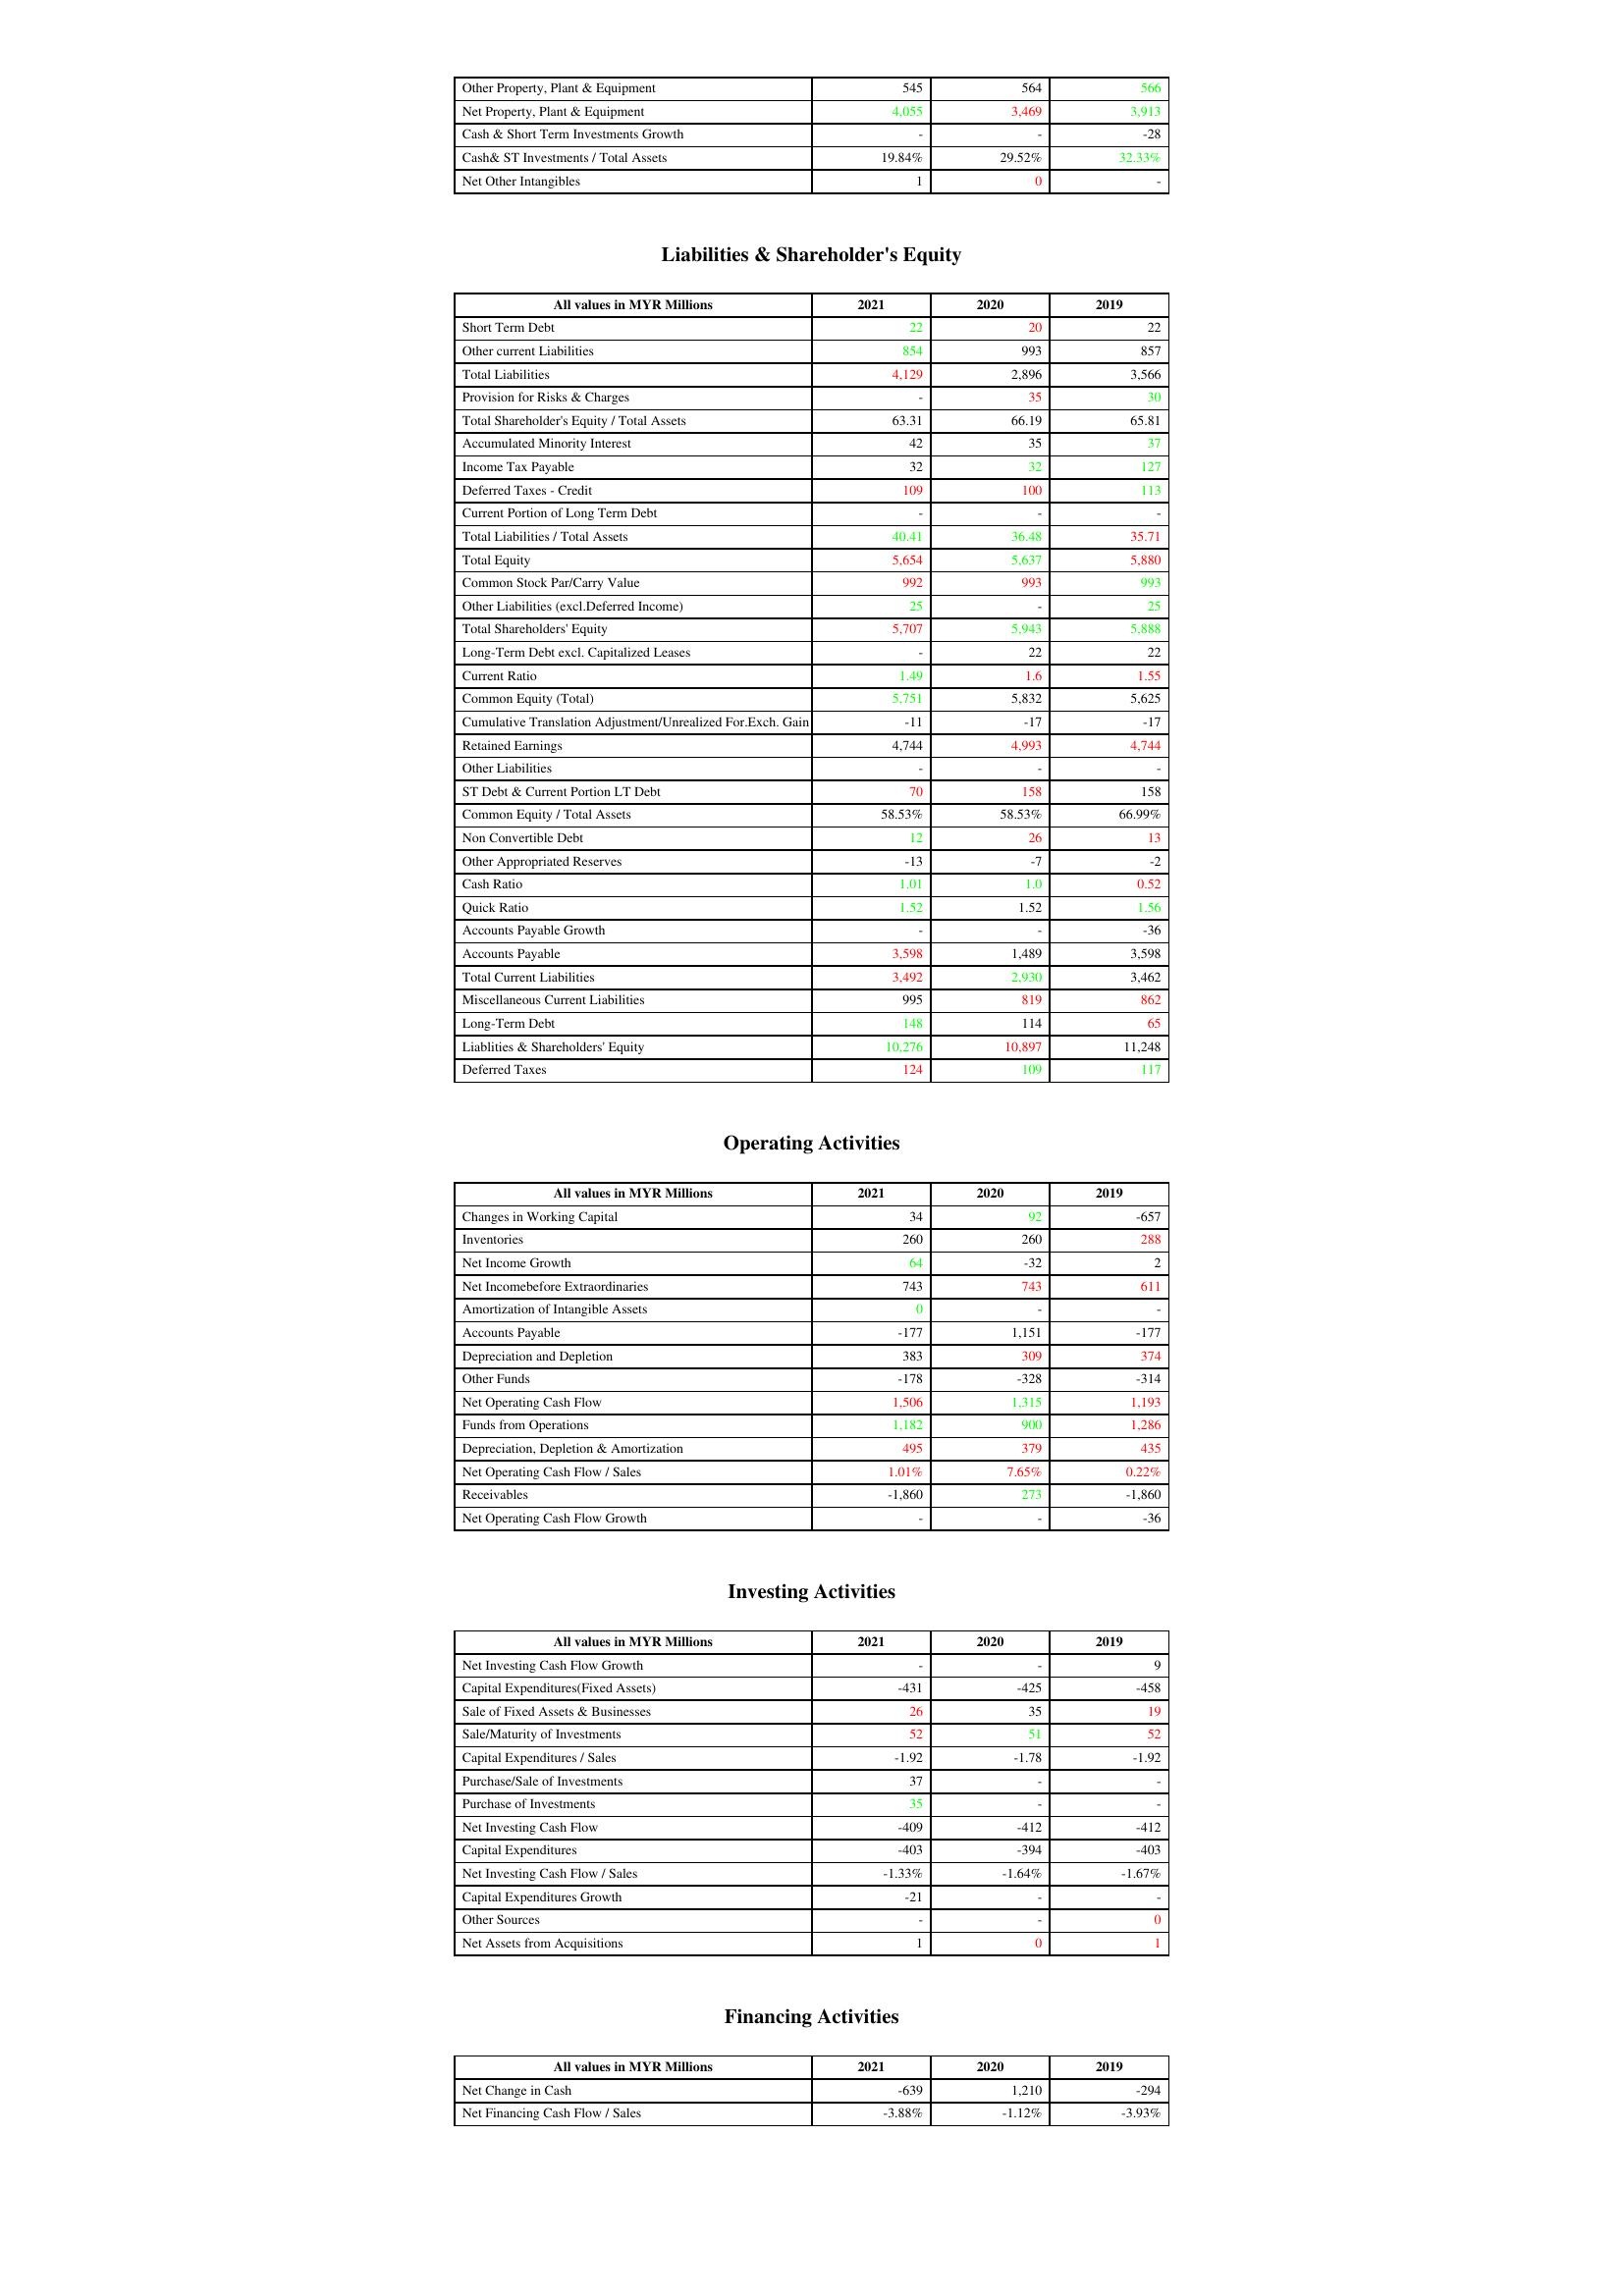
gt_parse: 2021: Assets: Other Property, Plant & Equipment: 545
Net Property, Plant & Equipment: 4,055
Cash & Short Term Investments Growth: -
Cash& ST Investments / Total Assets: 19.84%
Net Other Intangibles: 1
Liabilities & Shareholder's Equity: Short Term Debt: 22
Other current Liabilities: 854
Total Liabilities: 4,129
Provision for Risks & Charges: -
Total Shareholder's Equity / Total Assets: 63.31
Accumulated Minority Interest: 42
Income Tax Payable: 32
Deferred Taxes - Credit: 109
Current Portion of Long Term Debt: -
Total Liabilities / Total Assets: 40.41
Total Equity: 5,654
Common Stock Par/Carry Value: 992
Other Liabilities (excl.Deferred Income): 25
Total Shareholders' Equity: 5,707
Long-Term Debt excl. Capitalized Leases: -
Current Ratio: 1.49
Common Equity (Total): 5,751
Cumulative Translation Adjustment/Unrealized For.Exch. Gain: -11
Retained Earnings: 4,744
Other Liabilities: -
ST Debt & Current Portion LT Debt: 70
Common Equity / Total Assets: 58.53%
Non Convertible Debt: 12
Other Appropriated Reserves: -13
Cash Ratio: 1.01
Quick Ratio: 1.52
Accounts Payable Growth: -
Accounts Payable: 3,598
Total Current Liabilities: 3,492
Miscellaneous Current Liabilities: 995
Long-Term Debt: 148
Liablities & Shareholders' Equity: 10,276
Deferred Taxes: 124
Operating Activities: Changes in Working Capital: 34
Inventories: 260
Net Income Growth: 64
Net Incomebefore Extraordinaries: 743
Amortization of Intangible Assets: 0
Accounts Payable: -177
Depreciation and Depletion: 383
Other Funds: -178
Net Operating Cash Flow: 1,506
Funds from Operations: 1,182
Depreciation, Depletion & Amortization: 495
Net Operating Cash Flow / Sales: 1.01%
Receivables: -1,860
Net Operating Cash Flow Growth: -
Investing Activities: Net Investing Cash Flow Growth: -
Capital Expenditures(Fixed Assets): -431
Sale of Fixed Assets & Businesses: 26
Sale/Maturity of Investments: 52
Capital Expenditures / Sales: -1.92
Purchase/Sale of Investments: 37
Purchase of Investments: 35
Net Investing Cash Flow: -409
Capital Expenditures: -403
Net Investing Cash Flow / Sales: -1.33%
Capital Expenditures Growth: -21
Other Sources: -
Net Assets from Acquisitions: 1
Financing Activities: Net Change in Cash: -639
Net Financing Cash Flow / Sales: -3.88%
2020: Assets: Other Property, Plant & Equipment: 564
Net Property, Plant & Equipment: 3,469
Cash & Short Term Investments Growth: -
Cash& ST Investments / Total Assets: 29.52%
Net Other Intangibles: 0
Liabilities & Shareholder's Equity: Short Term Debt: 20
Other current Liabilities: 993
Total Liabilities: 2,896
Provision for Risks & Charges: 35
Total Shareholder's Equity / Total Assets: 66.19
Accumulated Minority Interest: 35
Income Tax Payable: 32
Deferred Taxes - Credit: 100
Current Portion of Long Term Debt: -
Total Liabilities / Total Assets: 36.48
Total Equity: 5,637
Common Stock Par/Carry Value: 993
Other Liabilities (excl.Deferred Income): -
Total Shareholders' Equity: 5,943
Long-Term Debt excl. Capitalized Leases: 22
Current Ratio: 1.6
Common Equity (Total): 5,832
Cumulative Translation Adjustment/Unrealized For.Exch. Gain: -17
Retained Earnings: 4,993
Other Liabilities: -
ST Debt & Current Portion LT Debt: 158
Common Equity / Total Assets: 58.53%
Non Convertible Debt: 26
Other Appropriated Reserves: -7
Cash Ratio: 1.0
Quick Ratio: 1.52
Accounts Payable Growth: -
Accounts Payable: 1,489
Total Current Liabilities: 2,930
Miscellaneous Current Liabilities: 819
Long-Term Debt: 114
Liablities & Shareholders' Equity: 10,897
Deferred Taxes: 109
Operating Activities: Changes in Working Capital: 92
Inventories: 260
Net Income Growth: -32
Net Incomebefore Extraordinaries: 743
Amortization of Intangible Assets: -
Accounts Payable: 1,151
Depreciation and Depletion: 309
Other Funds: -328
Net Operating Cash Flow: 1,315
Funds from Operations: 900
Depreciation, Depletion & Amortization: 379
Net Operating Cash Flow / Sales: 7.65%
Receivables: 273
Net Operating Cash Flow Growth: -
Investing Activities: Net Investing Cash Flow Growth: -
Capital Expenditures(Fixed Assets): -425
Sale of Fixed Assets & Businesses: 35
Sale/Maturity of Investments: 51
Capital Expenditures / Sales: -1.78
Purchase/Sale of Investments: -
Purchase of Investments: -
Net Investing Cash Flow: -412
Capital Expenditures: -394
Net Investing Cash Flow / Sales: -1.64%
Capital Expenditures Growth: -
Other Sources: -
Net Assets from Acquisitions: 0
Financing Activities: Net Change in Cash: 1,210
Net Financing Cash Flow / Sales: -1.12%
2019: Assets: Other Property, Plant & Equipment: 566
Net Property, Plant & Equipment: 3,913
Cash & Short Term Investments Growth: -28
Cash& ST Investments / Total Assets: 32.33%
Net Other Intangibles: -
Liabilities & Shareholder's Equity: Short Term Debt: 22
Other current Liabilities: 857
Total Liabilities: 3,566
Provision for Risks & Charges: 30
Total Shareholder's Equity / Total Assets: 65.81
Accumulated Minority Interest: 37
Income Tax Payable: 127
Deferred Taxes - Credit: 113
Current Portion of Long Term Debt: -
Total Liabilities / Total Assets: 35.71
Total Equity: 5,880
Common Stock Par/Carry Value: 993
Other Liabilities (excl.Deferred Income): 25
Total Shareholders' Equity: 5,888
Long-Term Debt excl. Capitalized Leases: 22
Current Ratio: 1.55
Common Equity (Total): 5,625
Cumulative Translation Adjustment/Unrealized For.Exch. Gain: -17
Retained Earnings: 4,744
Other Liabilities: -
ST Debt & Current Portion LT Debt: 158
Common Equity / Total Assets: 66.99%
Non Convertible Debt: 13
Other Appropriated Reserves: -2
Cash Ratio: 0.52
Quick Ratio: 1.56
Accounts Payable Growth: -36
Accounts Payable: 3,598
Total Current Liabilities: 3,462
Miscellaneous Current Liabilities: 862
Long-Term Debt: 65
Liablities & Shareholders' Equity: 11,248
Deferred Taxes: 117
Operating Activities: Changes in Working Capital: -657
Inventories: 288
Net Income Growth: 2
Net Incomebefore Extraordinaries: 611
Amortization of Intangible Assets: -
Accounts Payable: -177
Depreciation and Depletion: 374
Other Funds: -314
Net Operating Cash Flow: 1,193
Funds from Operations: 1,286
Depreciation, Depletion & Amortization: 435
Net Operating Cash Flow / Sales: 0.22%
Receivables: -1,860
Net Operating Cash Flow Growth: -36
Investing Activities: Net Investing Cash Flow Growth: 9
Capital Expenditures(Fixed Assets): -458
Sale of Fixed Assets & Businesses: 19
Sale/Maturity of Investments: 52
Capital Expenditures / Sales: -1.92
Purchase/Sale of Investments: -
Purchase of Investments: -
Net Investing Cash Flow: -412
Capital Expenditures: -403
Net Investing Cash Flow / Sales: -1.67%
Capital Expenditures Growth: -
Other Sources: 0
Net Assets from Acquisitions: 1
Financing Activities: Net Change in Cash: -294
Net Financing Cash Flow / Sales: -3.93%